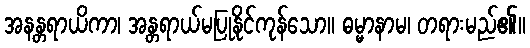
အနန္တရာယိကာ၊ အန္တရာယ်မပြုနိုင်ကုန်သော။ ဓမ္မာနာမ၊ တရားမည်၏။